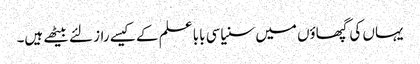
یہاں کی گپھاؤں میں سنیاسی بابا علم کے کیسے راز لئے بیٹھے ہیں۔